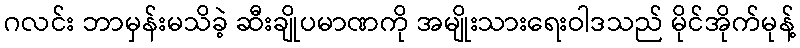
ဂလင်း ဘာမှန်းမသိခဲ့ ဆီးချိုပမာဏကို အမျိုးသားရေးဝါဒသည် မိုင်အိုက်မုန့်